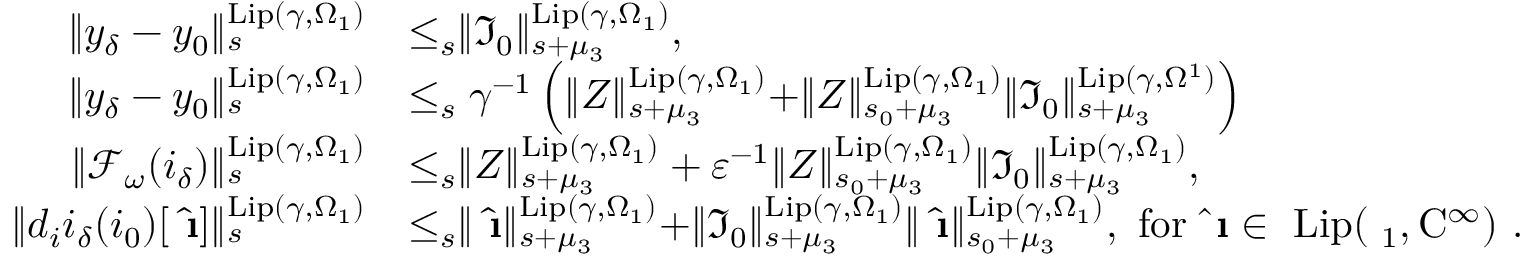
\begin{array} { r l } { \rVert y _ { \delta } - y _ { 0 } \rVert _ { s } ^ { \mathrm { L i p } ( \gamma , \Omega _ { 1 } ) } } & { \le _ { s } \rVert \mathfrak { I } _ { 0 } \rVert _ { s + \mu _ { 3 } } ^ { \mathrm { L i p } ( \gamma , \Omega _ { 1 } ) } , } \\ { \rVert y _ { \delta } - y _ { 0 } \rVert _ { s } ^ { \mathrm { L i p } ( \gamma , \Omega _ { 1 } ) } } & { \le _ { s } \gamma ^ { - 1 } \left( \rVert Z \rVert _ { s + \mu _ { 3 } } ^ { \mathrm { L i p } ( \gamma , \Omega _ { 1 } ) } + \rVert Z \rVert _ { s _ { 0 } + \mu _ { 3 } } ^ { \mathrm { L i p } ( \gamma , \Omega _ { 1 } ) } \rVert \mathfrak { I } _ { 0 } \rVert _ { s + \mu _ { 3 } } ^ { \mathrm { L i p } ( \gamma , \Omega ^ { 1 } ) } \right) } \\ { \rVert \mathcal { F } _ { \omega } ( i _ { \delta } ) \rVert _ { s } ^ { \mathrm { L i p } ( \gamma , \Omega _ { 1 } ) } } & { \le _ { s } \rVert Z \rVert _ { s + \mu _ { 3 } } ^ { \mathrm { L i p } ( \gamma , \Omega _ { 1 } ) } + \varepsilon ^ { - 1 } \rVert Z \rVert _ { s _ { 0 } + \mu _ { 3 } } ^ { \mathrm { L i p } ( \gamma , \Omega _ { 1 } ) } \rVert \mathfrak { I } _ { 0 } \rVert _ { s + \mu _ { 3 } } ^ { \mathrm { L i p } ( \gamma , \Omega _ { 1 } ) } , } \\ { \rVert d _ { i } i _ { \delta } ( i _ { 0 } ) [ \hat { \textbf { \i } } ] \rVert _ { s } ^ { \mathrm { L i p } ( \gamma , \Omega _ { 1 } ) } } & { \le _ { s } \rVert \hat { \textbf { \i } } \rVert _ { s + \mu _ { 3 } } ^ { \mathrm { L i p } ( \gamma , \Omega _ { 1 } ) } + \rVert \mathfrak { I } _ { 0 } \rVert _ { s + \mu _ { 3 } } ^ { \mathrm { L i p } ( \gamma , \Omega _ { 1 } ) } \rVert \hat { \textbf { \i } } \rVert _ { s _ { 0 } + \mu _ { 3 } } ^ { \mathrm { L i p } ( \gamma , \Omega _ { 1 } ) } , \mathrm { ~ f o r ~ \hat { \textbf { \i } } \in ~ \mathrm { L i p } ( \Omega _ 1 , C ^ \infty ) ~ . } } \end{array}